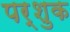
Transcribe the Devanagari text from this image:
पर्शुक